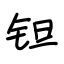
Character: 钽